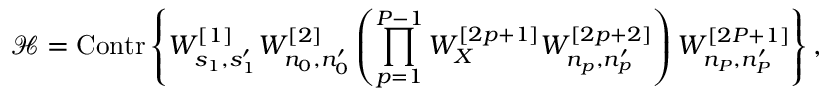
\mathcal { H } = \mathrm { C o n t r } \left\{ W _ { s _ { 1 } , s _ { 1 } ^ { \prime } } ^ { [ 1 ] } W _ { n _ { 0 } , n _ { 0 } ^ { \prime } } ^ { [ 2 ] } \left( \prod _ { p = 1 } ^ { P - 1 } W _ { X } ^ { [ 2 p + 1 ] } W _ { n _ { p } , n _ { p } ^ { \prime } } ^ { [ 2 p + 2 ] } \right) W _ { n _ { P } , n _ { P } ^ { \prime } } ^ { [ 2 P + 1 ] } \right\} ,